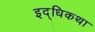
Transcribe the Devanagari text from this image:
इद्धिकथा